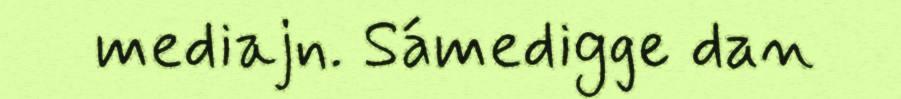
mediajn. Sámedigge dan